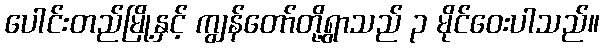
ပေါင်းတည်မြို့နှင့် ကျွန်တော်တို့ရွာသည် ၃ မိုင်ဝေးပါသည်။